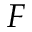
F